Scottish Leaving Certificate Examination, 1957
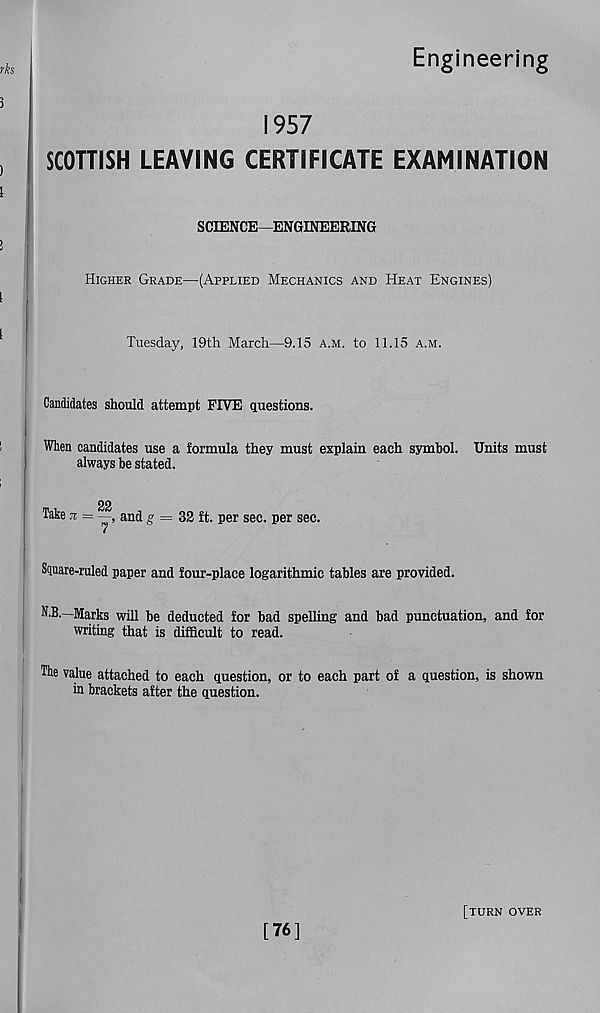
Engineering
1957
SCOTTISH LEAVING CERTIFICATE EXAMINATION
SCIENCE—ENGINEERING
Higher Grade—(Applied Mechanics and Heat Engines)
Tuesday, 19th March—9.15 a.m. to 11.15 a.m.
Candidates should attempt FIVE questions.
When candidates use a formula they must explain each symbol. Units must
always be stated.
Take ti = —, and g = 32 ft. per sec. per sec.
Square-ruled paper and four-place logarithmic tables are provided.
K.B.—Marks will be deducted for bad spelling and bad punctuation, and for
writing that is difficult to read.
The value attached to each question, or to each part of a question, is shown
in brackets after the question.
[76]
[turn over